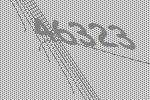
46323